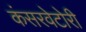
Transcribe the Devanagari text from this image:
कंसरवेटोरी